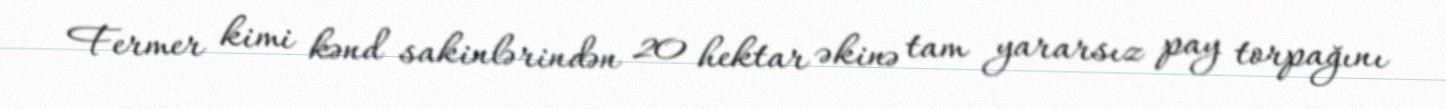
Fermer kimi kənd sakinlərindən 20 hektar əkinə tam yararsız pay torpağını